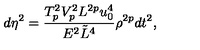
d \eta ^ { 2 } = { \frac { T _ { p } ^ { 2 } V _ { p } ^ { 2 } L ^ { 2 p } u _ { 0 } ^ { 4 } } { E ^ { 2 } \tilde { L } ^ { 4 } } } \rho ^ { 2 p } d t ^ { 2 } ,